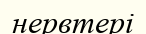
нервтері